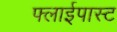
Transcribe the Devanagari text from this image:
फ्लाईपास्ट